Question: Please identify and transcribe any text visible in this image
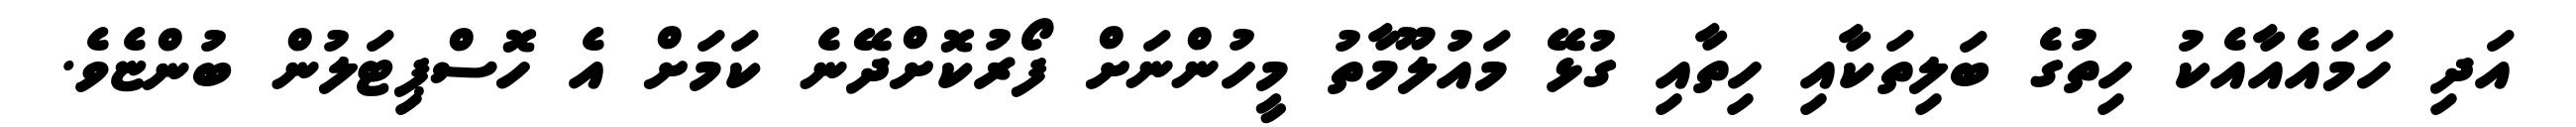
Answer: އަދި ހަމައެއާއެކު ހިތުގެ ބަލިތަކާއި ހިތާއި ގުޅޭ މައުލޫމާތު މީހުންނަށް ފޯރުކޮށްދޭނެ ކަމަށް އެ ހޮސްޕިޓަލުން ބުންޏެވެ.